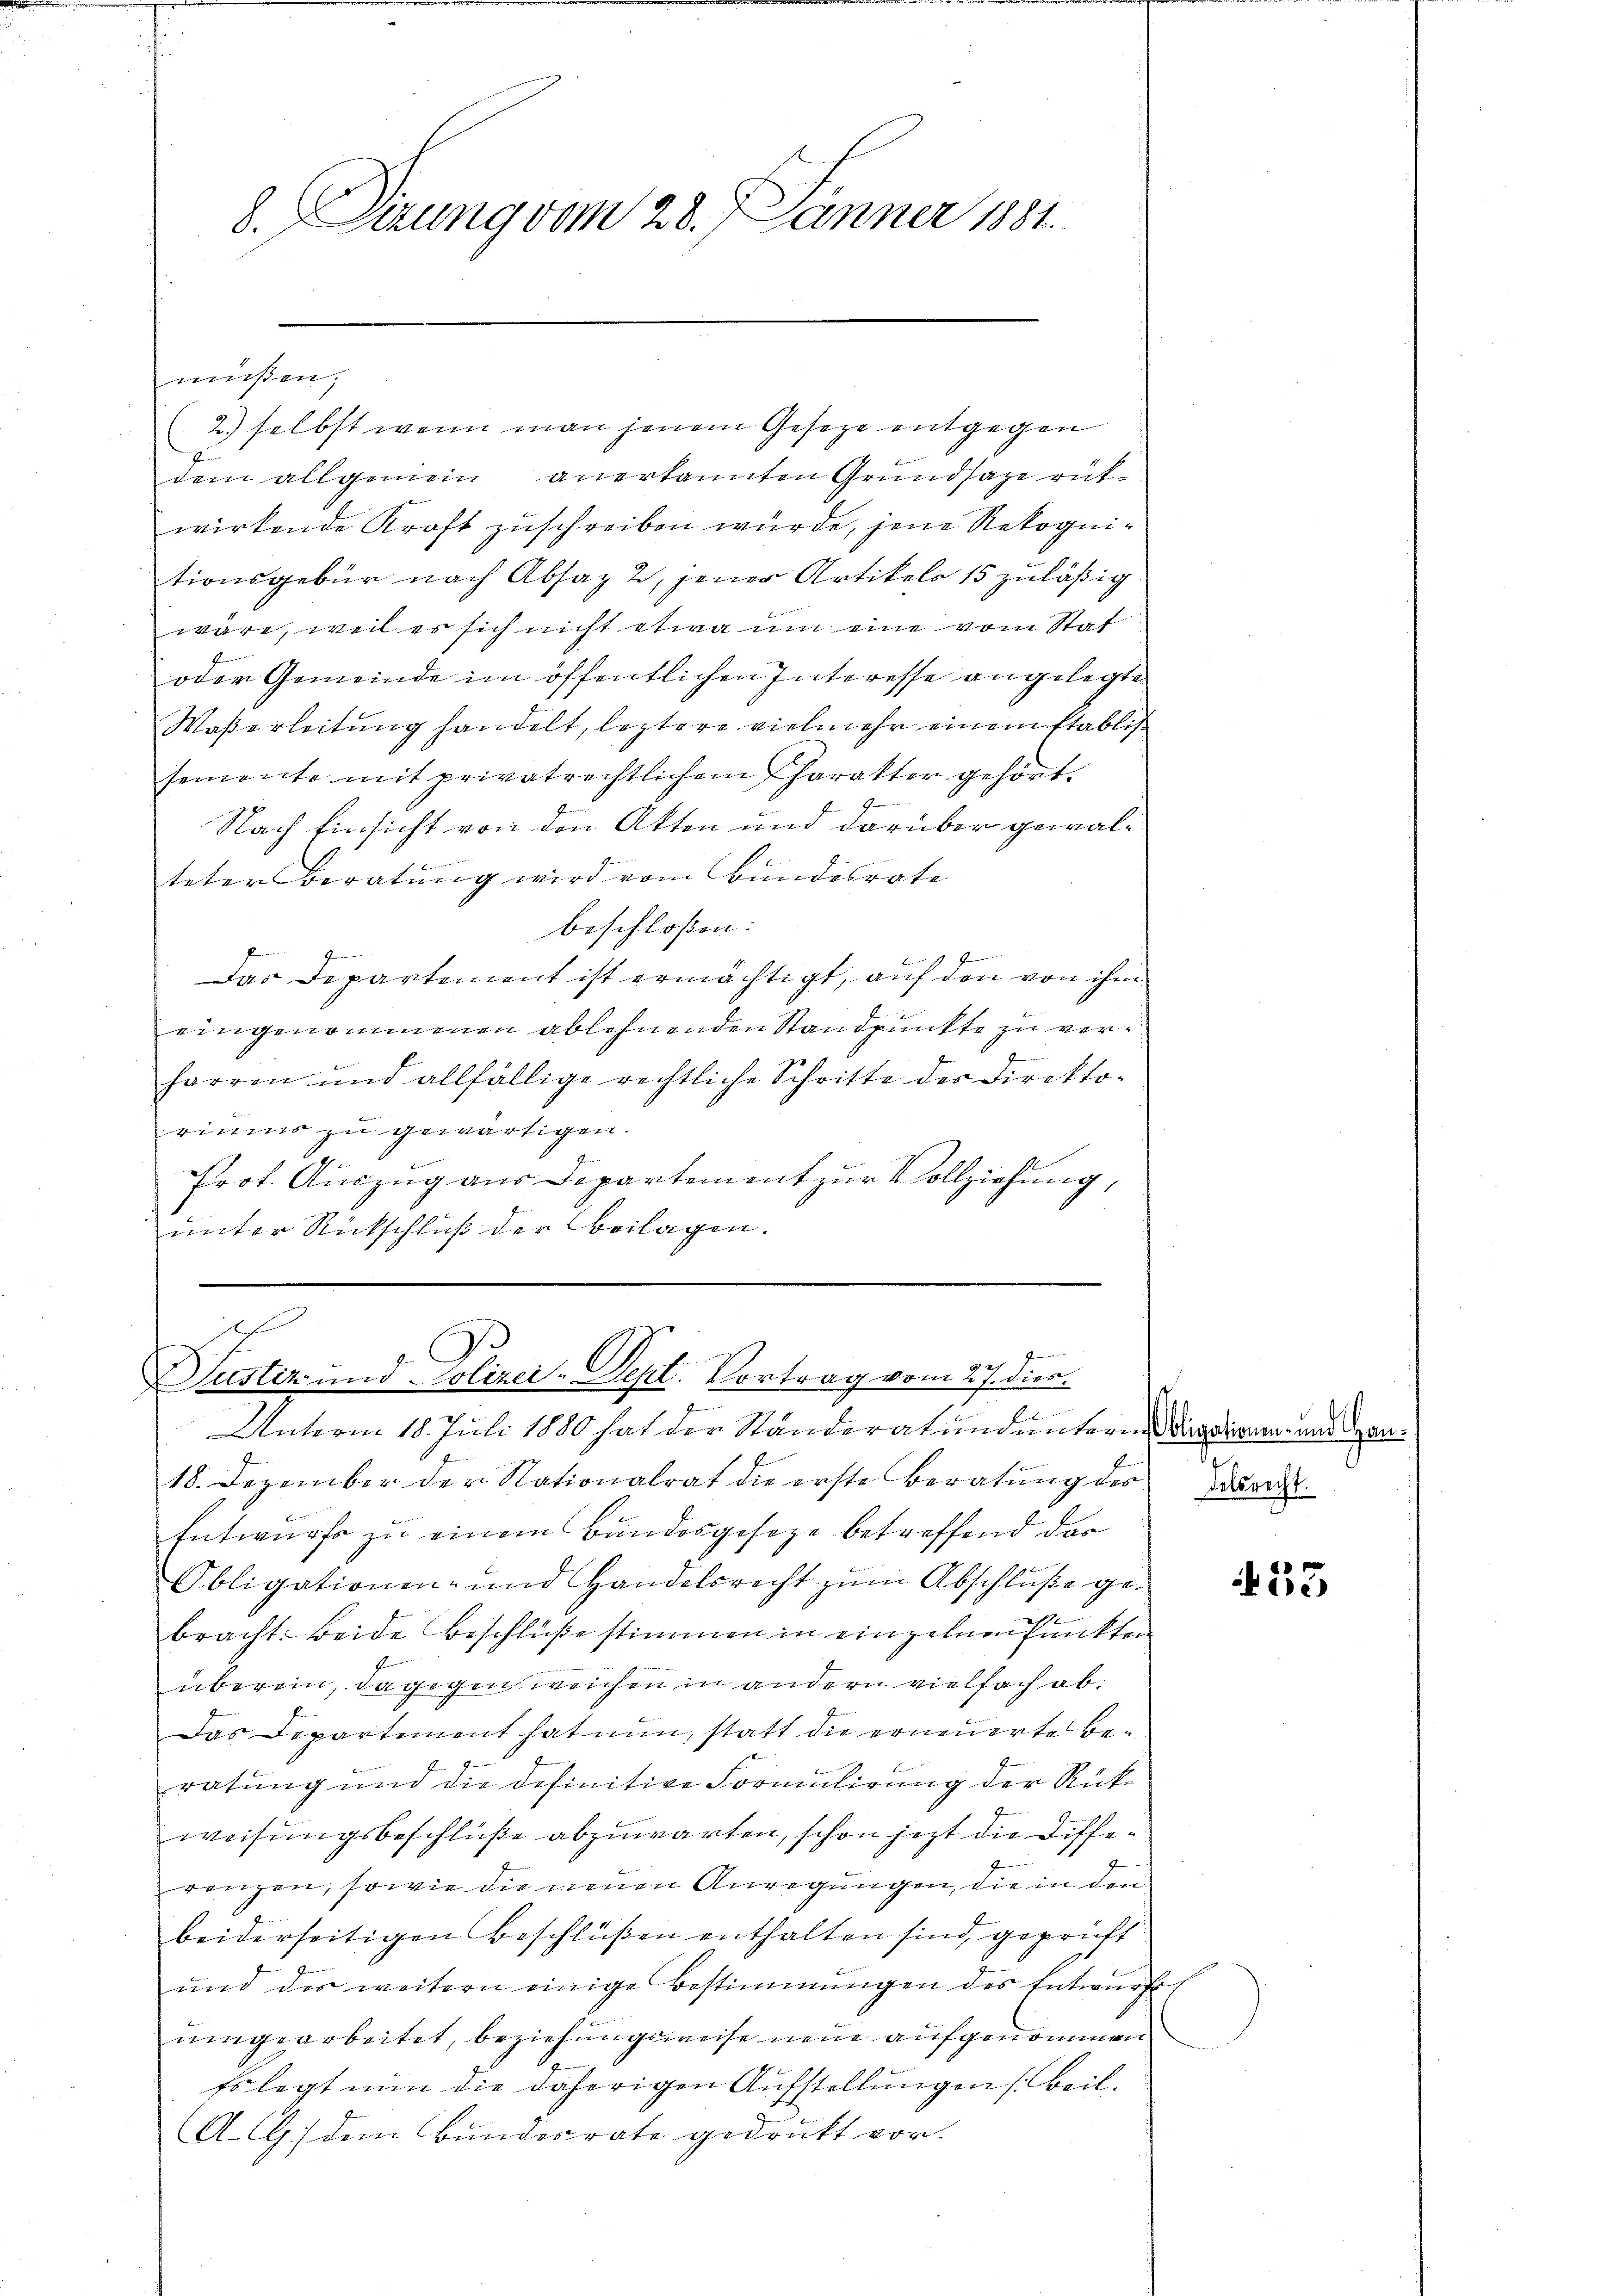
8. Sizung vom 28. Jänner 1881.

müßen,

2.) selbst wenn man jenem Gesetze entgegen
dem allgemein anerkannten Grundsaze rükwirkende Kraft zuschreiben würde, jene Rekognitionsgebür nach Absaz 2, jener Artikels 15 zuläßig
wäre, weil es sich nicht etwa um eine vom Stat
oder Gemeinde im öffentlichen Interesse angelegte
Waßerleitung handelt, leztere vielmehr einem Etablis
semente mit privatrechtlichem Charakter gehört.
Nach Einsicht von den Akten und darüber gewalteter Beratung wird vom Bundesrate
beschloßen:
Das Departement ist ermächtigt, auf den von ihm
eingenommenen ablehnenden Standpunkte zu verharren und allfällige rechtliche Schritte des Direktoriums zu gewärtigen.
Prot. Auszug aus Departement zur Vollziehung,
unter Rückschluß der Beilagen.

ich

921
Justiz- und Polizei-Dept. Vortrag vom 27. dies
a

Unterm 18. Juli 1880 hat der Ständeratund unteren der diren und ein¬
18. Dezember der Nationalrat die erste Beratung des Dreis
Entwurf zu einem Bundesgeseze betreffend das
Obligationen- und Handelsrecht zum Abschluße ge¬
1
bracht: beide Beschlüße stimmen in einzelnen Punkten
überein, dagegen weichen in andern vielfach ab.
Das Departement hat nun, statt die erneuerte Beratung und die definitive Formulirung der Rückweisungsbeschlüße abzuwarten, schon jezt die Differenzen, sowie die neuen Anregungen, die in den
beiderseitigen Beschlüßen enthalten sind, geprüft
ŭnd der weitern einige Bestimmungen des Entwŭrf
umgearbeitet, beziehungsweise neue aufgenommen
Es legt nun die daherigen Aufstellungen (Beil.
A.CG.) dem Bundesrate gedrukt vor.

53